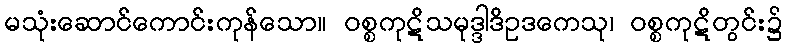
မသုံးဆောင်ကောင်းကုန်သော။ ဝစ္စကုဋိသမုဒ္ဒါဒိဥဒကေသု၊ ဝစ္စကုဋိတွင်း၌